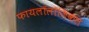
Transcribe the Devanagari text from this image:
फायलॉलॉजिकल